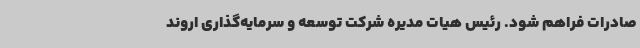
صادرات فراهم شود. رئیس هیات مدیره شرکت توسعه و سرمایه‌گذاری اروند